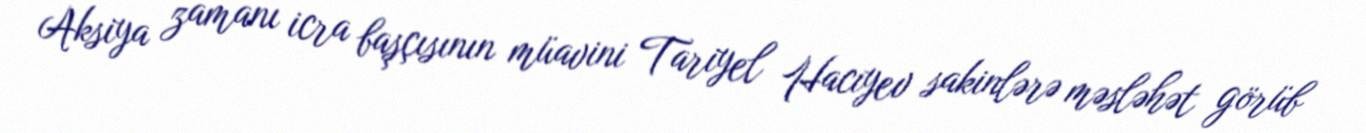
Aksiya zamanı icra başçısının müavini Tariyel Hacıyev sakinlərə məsləhət görüb